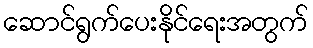
ဆောင်ရွက်ပေးနိုင်ရေးအတွက်